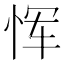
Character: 恽